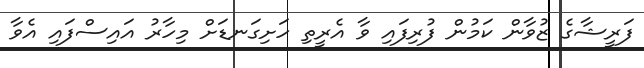
ފަރީޝާގެ ޒުވާން ކަމުން ފުރިފައި ވާ އެރީތި ހަށިގަނޑަށް މިހާރު އައިސްފައި އެވާ